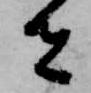
者